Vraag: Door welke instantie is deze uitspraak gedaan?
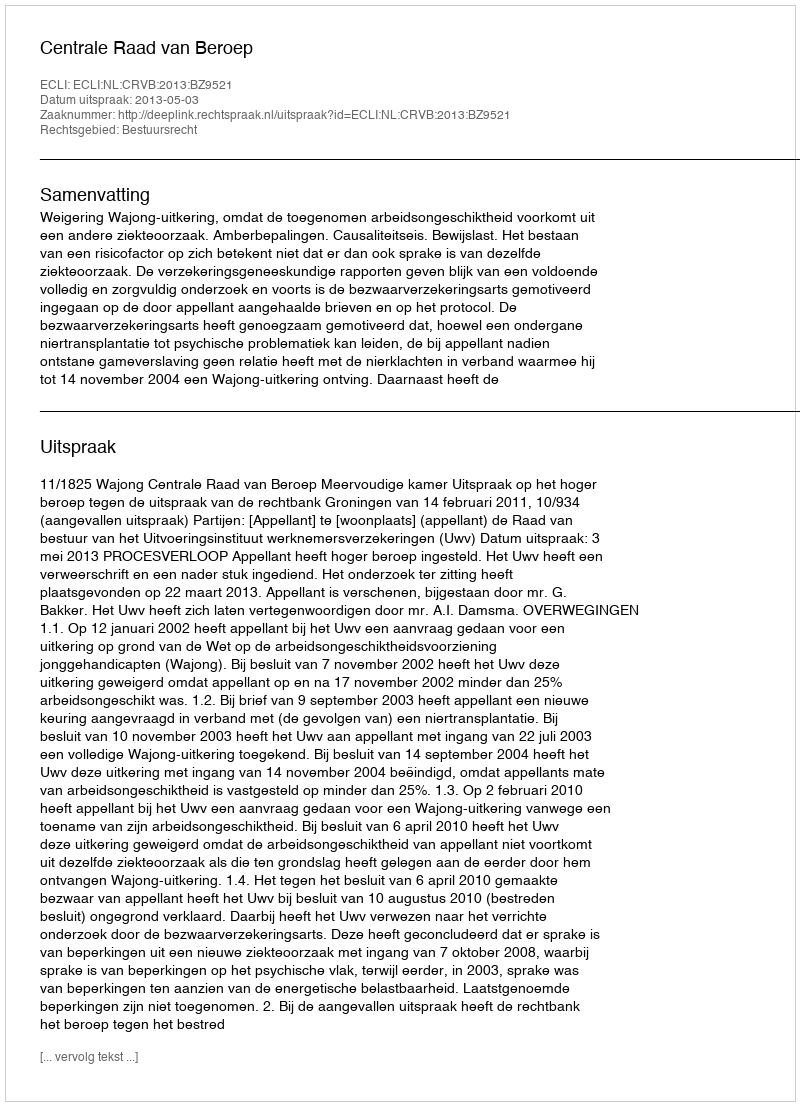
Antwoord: Centrale Raad van Beroep